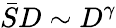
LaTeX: \bar{S}D\sim D^{\gamma}